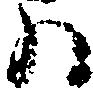
ハ